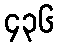
၄၃၆